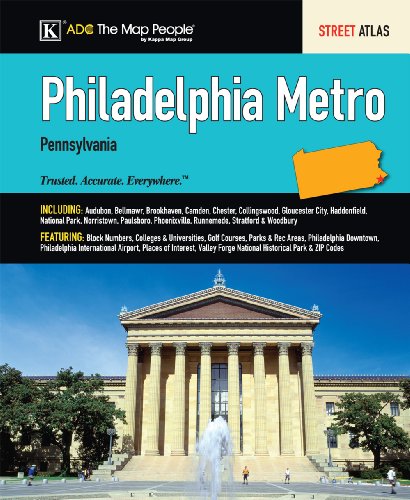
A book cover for Philadelphia Metro Pennsylvania Street Atlas; ADC The Map People; Travel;